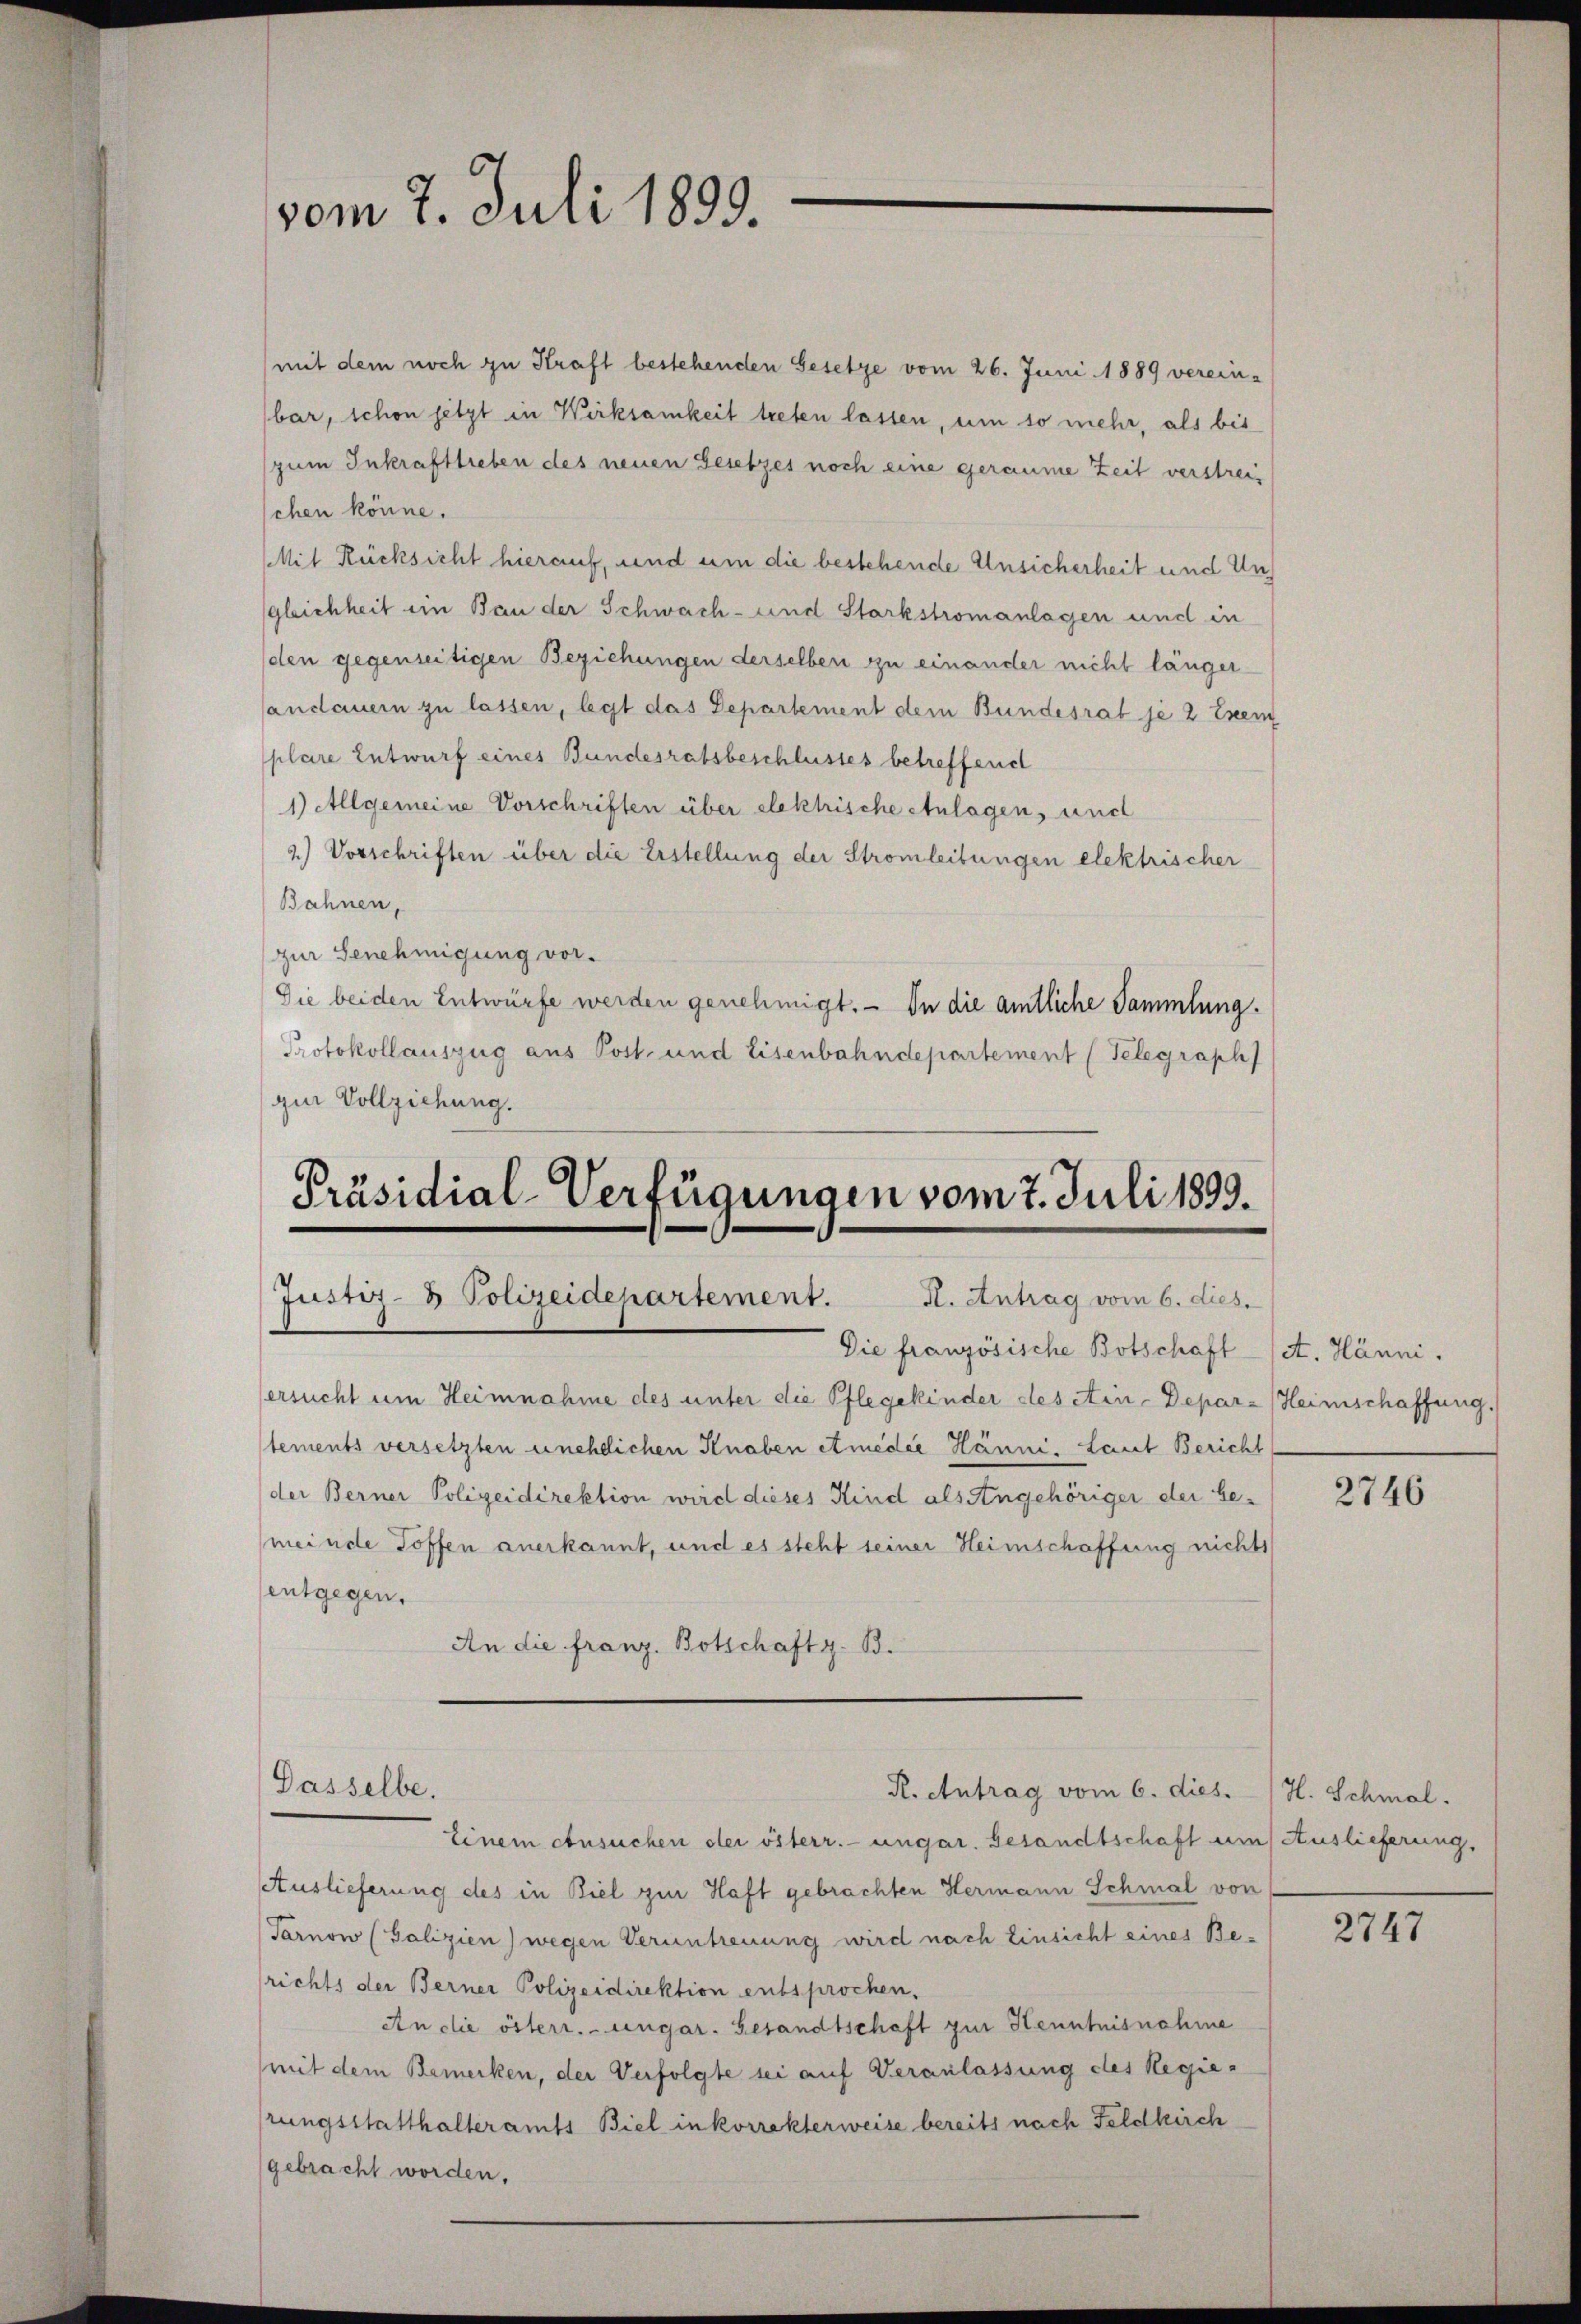
vom 7. Juli 1899.

mit dem noch zu Kraft bestehenden Gesetze vom 26. Juni 1889 verein-
bar, schon jetzt in Wirksamkeit treten lassen, um so mehr, als bis
zum Inkrafttreben des neuen Gesetzes noch eine geraume Zeit verstreichen könne.
Mit Rücksicht hierauf, und um die bestehende Unsicherheit und Ungleichheit ein Bau der Schwach- und Starkstromanlagen und in
den gegenseitigen Beziehungen derselben zu einander nicht länger-
andauern zu lassen, legt das Departement dem Bundesrat je 2 Exem
plare Entwurf eines Bundesratsbeschlusses betreffend
1) Allgemeine Vorschriften über elektrische Anlagen, und
2.) Vorschriften über die Erstellung der Stromleitungen elektrischer
Bahnen,
zur Genehmigung vor.
Die beiden Entwürfe werden genehmigt. — In die amtliche Sammlung.
Protokollauszug aus Post- und Eisenbahndepartement (Telegraph
gur Vollziehung.

Präsidial-Verfügungen vom 7. Juli 1899.
Justiz- & Polizeidepartement.
R. Antrag vom 6. dies.

Die französische Botschaft (A. Hänni.
ersucht um Heimnahme des unter die Pflegekinder des ein-Depar- Heimschaffung.
tements versetzten unehelichen Knaben etmedie Hänni, Laut Bericht
der Berner Polizeidirektion wird dieses Kind als Angehöriger der bemeinde Toffen anerkannt, und es steht seiner Heimschaffung nichts
entgegen.
An die franz. Botschaft z. B.

Einem ehnsuchen der österr. ungar. Gesandtschaft um Auslieferung,
Auslieferung des in Biel zur Haft gebrachten Hermann Schmal von
Tarnow (Galizien) wegen Veruntreuung wird nach Einsicht eines Be-
richts der Berner Polizeidirektion entsprochen.
An die österr.-ungar. Gesandtschaft zur Kenntnisnahme
mit dem Bemerken, der Verfolgte sei auf Veranlassung des Regierungsstatthalteramts Biel inkorrekterweise bereits nach Feldkirch
gebracht worden.

Dasselbe.

R. Antrag vom 6. dies.

2746

H. Schmal.

2747